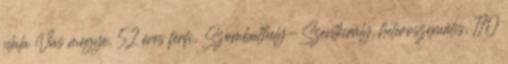
nlala Vas megye, 52 éves férfi, Szombathely-Szentkirály, heteroszexuális, 170